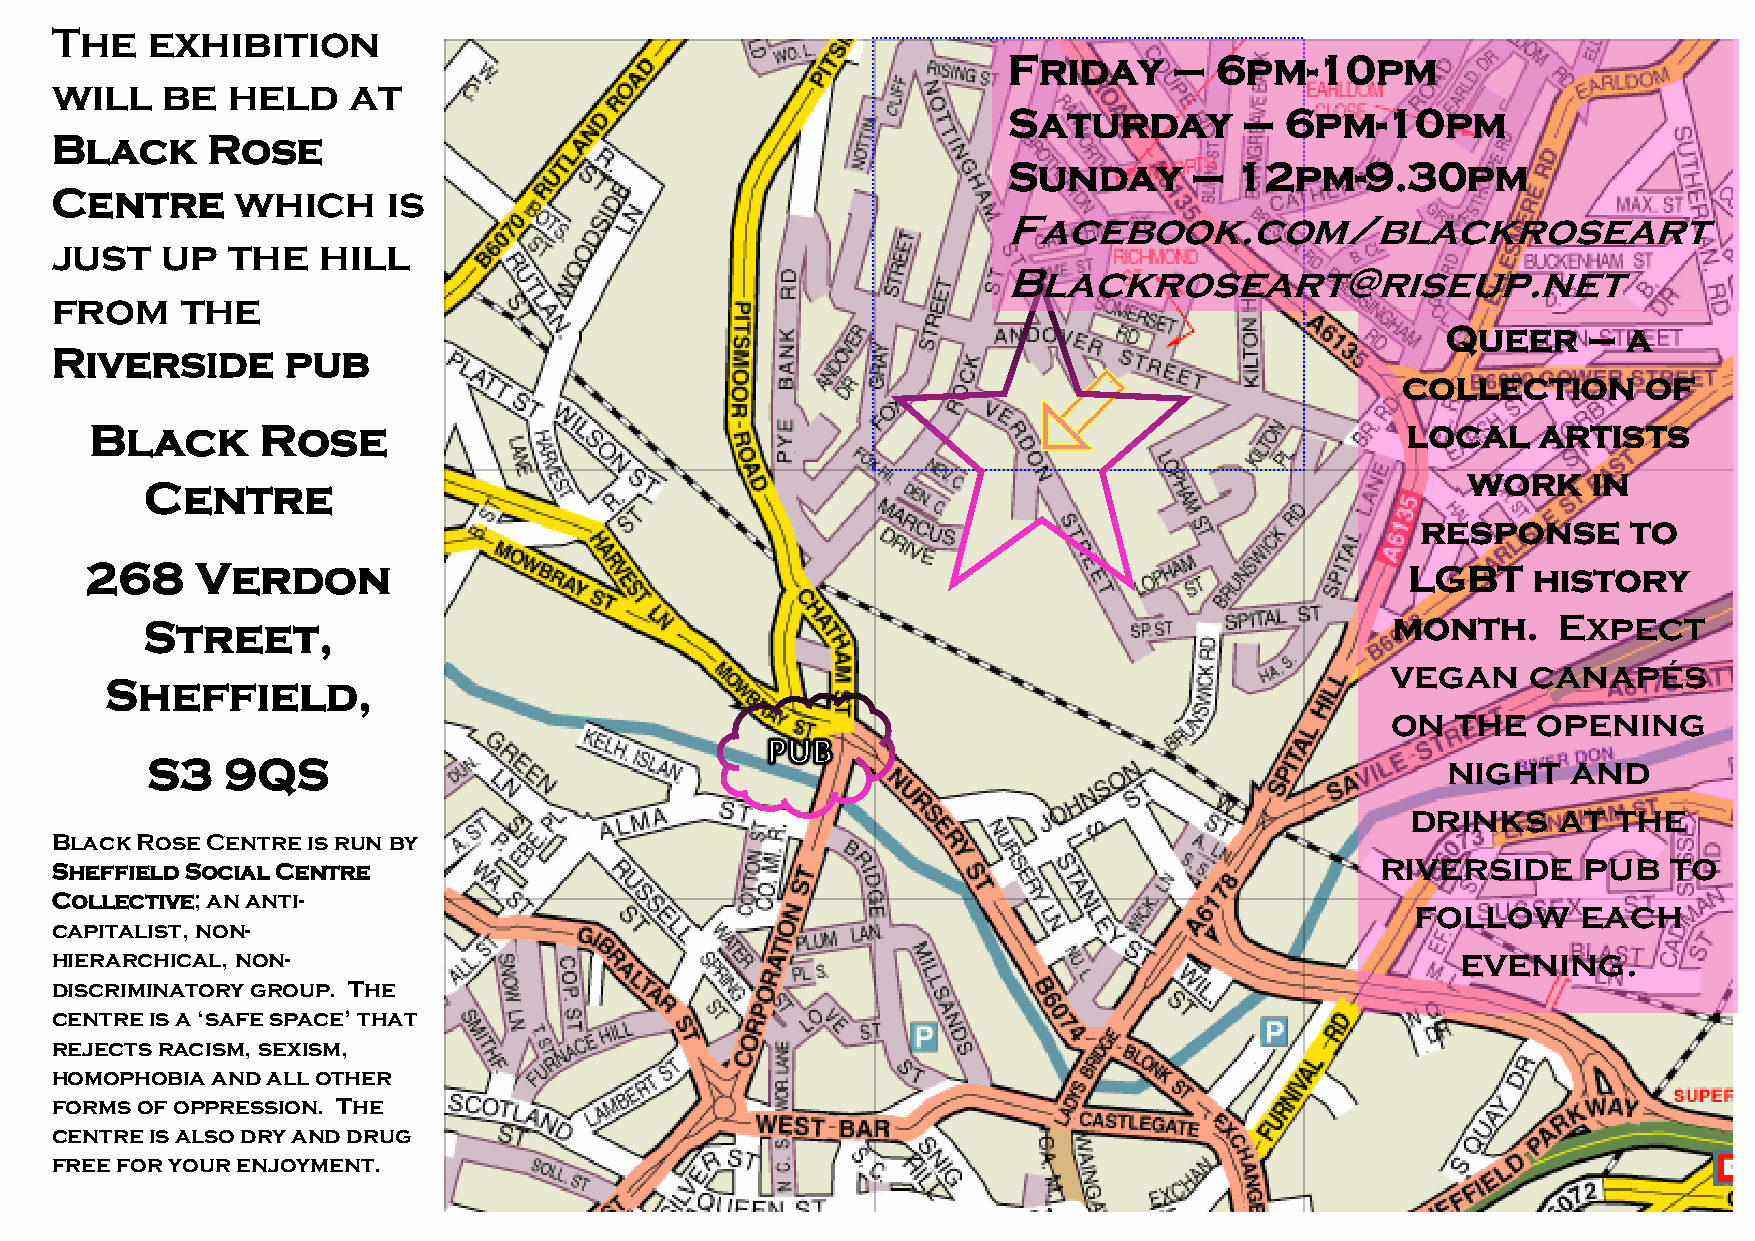
The    exhibition
 Friday     – 6pm-10pm
 will    be  held    at
 Saturday       –  6pm-10pm
 Black      Rose
 Sunday      –  12pm-9.30pm
 Centre      which      is
 Facebook.com/blackroseart
 just    up  the   hill
 Blackroseart@riseup.net
 from     the
 Queer    –  a
 Riverside       pub
 collection      of
 Black      Rose                                                                        local    artists
 work    in
 Centre
 response      to
 268    Verdon                                                                          LGBT    history
 Street,                                                                            month.     Expect
 vegan    canapés
 Sheffield,
 on  the   opening
 S3   9QS                                                                              night   and
 drinks    at  the
 Black Rose Centre is run by
 riverside     pub   to
 Sheffield Social Centre
 Collective; an anti-                                                                       follow     each
 capitalist, non-
 hierarchical, non-                                                                            evening.
 discriminatory group. The
 centre is a ‘safe space’ that
 rejects racism, sexism,
 homophobia and all other
 forms of oppression. The
 centre is also dry and drug
 free for your enjoyment.